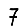
Digit: 7